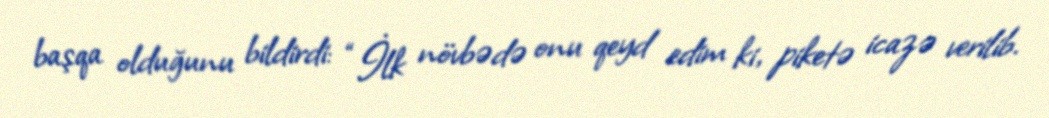
başqa olduğunu bildirdi: “İlk növbədə onu qeyd edim ki, piketə icazə verilib.